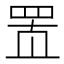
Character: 𰭋